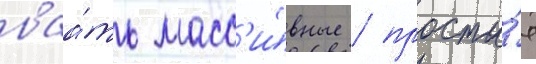
ваа́ть масс'и́вные / просты́е